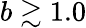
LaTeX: b\gtrsim 1.0